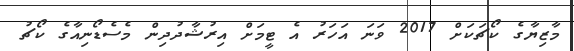
މާޒިޔާގެ ކޯޗަކަށް 2017 ވަނަ އަހަރު އެ ޓީމަށް އިރުޝާދުދިން މެސެޑޯނިއާގެ ކޯޗު